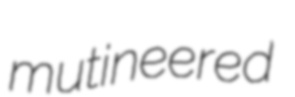
mutineered